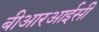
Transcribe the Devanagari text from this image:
बीआरआईसी